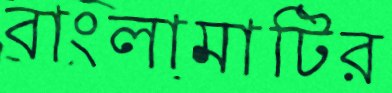
বাংলামাটির